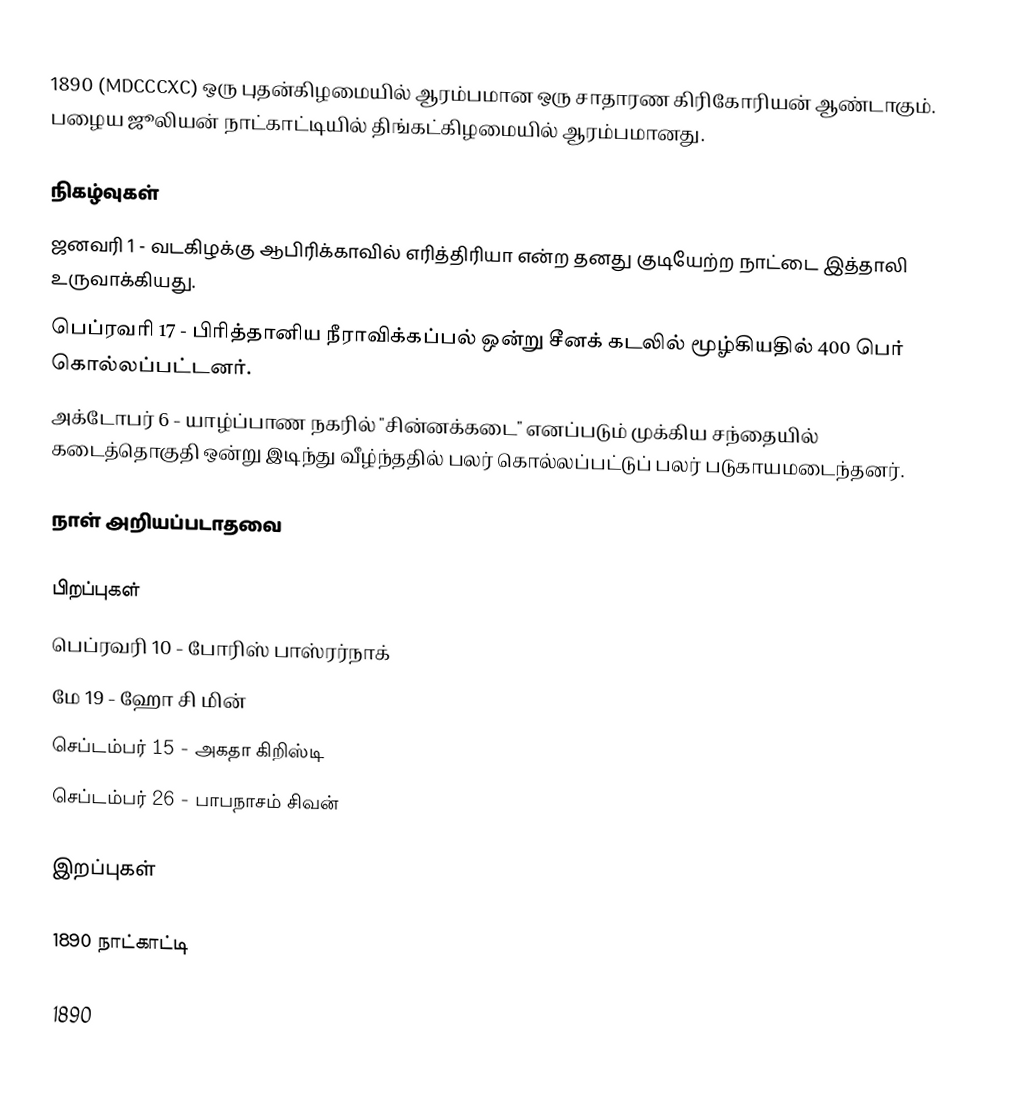
1890 (MDCCCXC) ஒரு புதன்கிழமையில் ஆரம்பமான ஒரு சாதாரண கிரிகோரியன் ஆண்டாகும். பழைய ஜூலியன் நாட்காட்டியில் திங்கட்கிழமையில் ஆரம்பமானது.

நிகழ்வுகள்
 ஜனவரி 1 - வடகிழக்கு ஆபிரிக்காவில் எரித்திரியா என்ற தனது குடியேற்ற நாட்டை இத்தாலி உருவாக்கியது.
 பெப்ரவரி 17 - பிரித்தானிய நீராவிக்கப்பல் ஒன்று சீனக் கடலில் மூழ்கியதில் 400 பெர் கொல்லப்பட்டனர்.
 அக்டோபர் 6 - யாழ்ப்பாண நகரில் "சின்னக்கடை" எனப்படும் முக்கிய சந்தையில் கடைத்தொகுதி ஒன்று இடிந்து வீழ்ந்ததில் பலர் கொல்லப்பட்டுப் பலர் படுகாயமடைந்தனர்.

நாள் அறியப்படாதவை

பிறப்புகள்
 பெப்ரவரி 10 - போரிஸ் பாஸ்ரர்நாக்
 மே 19 - ஹோ சி மின்
 செப்டம்பர் 15 - அகதா கிறிஸ்டி
 செப்டம்பர் 26 - பாபநாசம் சிவன்

இறப்புகள்

1890 நாட்காட்டி

1890